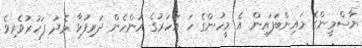
ޔާސްމީންގެ މައިންބަފައިން އެ މީހުންގެ ހަ އަހަރުގެ އަންހެން ދަރިފުޅާ މެދު ފަހުރުވެރިވެ